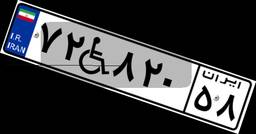
۷۳W۸۲۶۷۱